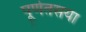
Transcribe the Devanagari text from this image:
पूर्णतसया